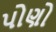
પોણો